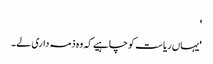
'
'یہاں ریاست کو چاہیے کہ وہ ذمہ داری لے۔